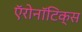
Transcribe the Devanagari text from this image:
ऍरोनॉटिक्स